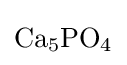
{\mathrm {Ca} {\vphantom {A}}_{\smash[{t}]{5}}\mathrm {PO} {\vphantom {A}}_{\smash[{t}]{4}}}